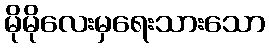
မိုမိုလေးမှရေးသားသော